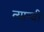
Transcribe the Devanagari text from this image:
त्यान्ची